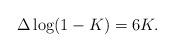
LaTeX: \begin{align*}\Delta\log(1-K)=6K.\end{align*}